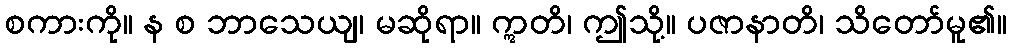
စကားကို။ န စ ဘာသေယျ၊ မဆိုရာ။ ဣတိ၊ ဤသို့။ ပဇာနာတိ၊ သိတော်မူ၏။